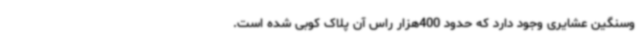
وسنگین عشایری وجود دارد که حدود 400هزار راس آن پلاک کوبی شده است.